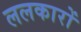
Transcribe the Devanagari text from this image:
ललकारों